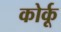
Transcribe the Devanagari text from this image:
कोर्कू